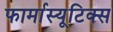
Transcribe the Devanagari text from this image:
फार्मास्यूटिक्स